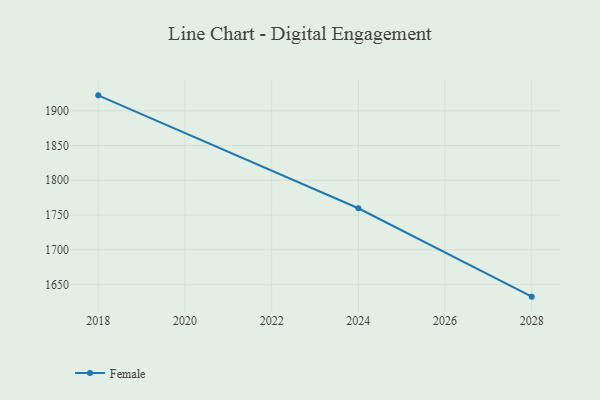
{"axis": {"x": "Year", "y": "Active Users"}, "legend": ["Female"], "data": [{"x": "2018", "y": 1922.3, "type": "Female"}, {"x": "2024", "y": 1759.7, "type": "Female"}, {"x": "2028", "y": 1632.4, "type": "Female"}]}